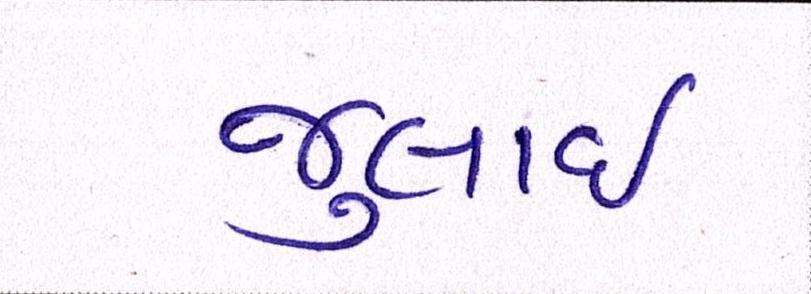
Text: જુલાઇ